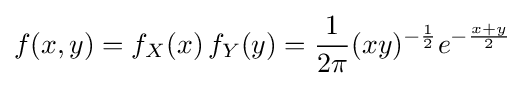
f(x,y)=f_{X}(x)\,f_{Y}(y)={\frac {1}{2\pi }}(xy)^{-{\frac {1}{2}}}e^{-{\frac {x+y}{2}}}